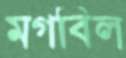
মগবিল